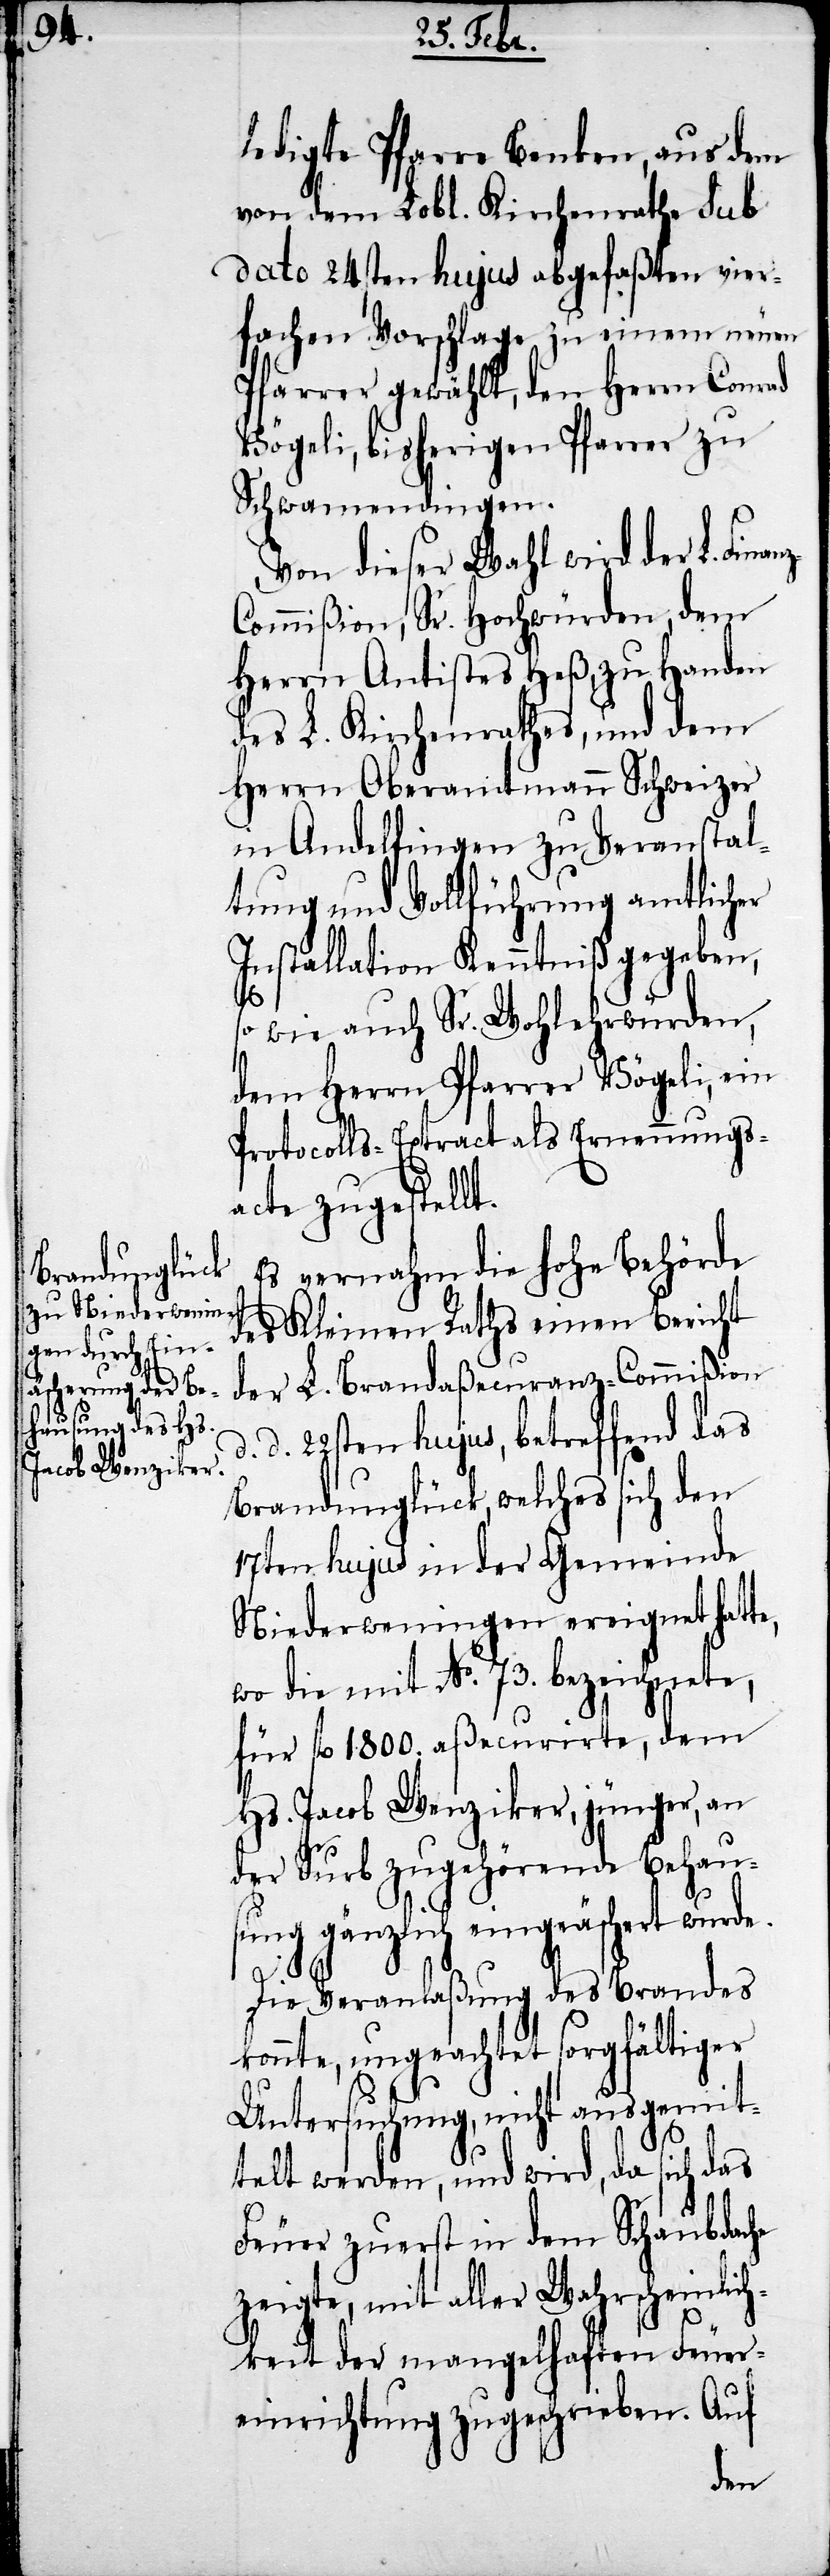
ledigte Pfarre Benken, aus dem
von dem Lobl. Kirchenrathe sub
dato 24sten hujus abgefaßten vier¬
fachen Vorschlage zu einem neuen
Pfarrer gewählt, den Herrn Conrad
Vögeli, bisherigen Pfarrer zu
Schwamendingen.
Von dieser Wahl wird der L. Fina¬
ommißion, Sr. Hochwürden, dem
Herrn Antistes Heß, zu Handen
des L. Kirchenrathes, und dem
Herrn Oberamtmann Schweizer
in Andelfingen zu Veranstal¬
tung und Vollführung amtlicher
Installation Kenntniß gegeben,
z-C¬
so wie auch Sr. Wohlehrwürden,
dem Herrn Pfarrer Vögeli, ein
Protocolls-Extract als Ernennungs¬
acte zugestellt.
Es vernahm die hohe Behörde
des Kleinen Raths einen Bericht
der L. Brandaßecuranz-Commißion
d. 22sten hujus, betreffend das
Brandunglück, welches sich den
17ten hujus in der Gemeinde
Niederweningen ereignet hatte,
wo die mit No. 73. bezeichnete,
für fl. 1800. aßecurirte, dem
Hs. Jacob Wenziker, jünger, an
der Surb zugehörende Behau¬
sung gänzlich eingeäschert wurde.
Die Veranlaßung des Brandes
konnte, ungeachtet sorgfältiger
Untersuchung, nicht ausgemit¬
telt werden, und wird, da sich das
Feuer zuerst in dem Schaubdache
zeigte, mit aller Wahrscheinlich¬
keit der mangelhaften Feuer¬
einrichtung zugeschrieben. Auf